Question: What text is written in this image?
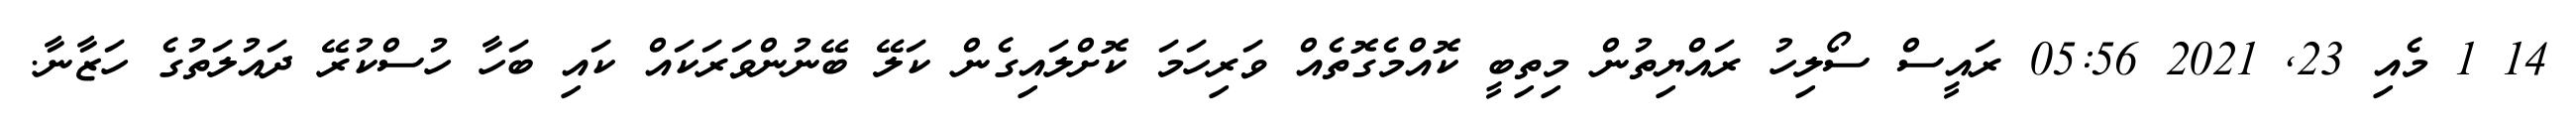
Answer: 14 1 މެއި 23, 2021 05:56 ރައީސް ސޯލިހު ރައްޔިތުން މިތިބީ ކޮއްމެގޮތެއް ވަރިހަމަ ކޮށްލައިގެން ކަލޭ ބޭނުންވަރަކައް ކައި ބަހާ ހުސްކުރޭ ދައުލަތުގެ ހަޒާނާ.